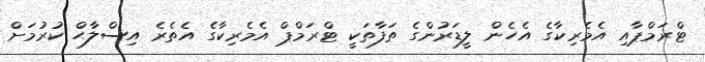
ޓްރަމްޕާއި އެމެރިކާގެ އެހެން ލީޑަރުންގެ ތަފާތަކީ ޓްރަމްޕް އެމެރިކާގެ އެތެރެ އިސްލާޙް ކުރުމަށް